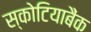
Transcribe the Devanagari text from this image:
स्कोटियाबैंक